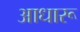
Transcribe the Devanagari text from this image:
आधारू